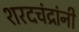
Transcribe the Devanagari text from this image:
शरदचंद्रांनी